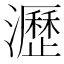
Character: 瀝